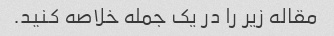
مقاله زیر را در یک جمله خلاصه کنید.